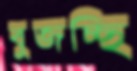
বুজচ্ছি